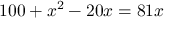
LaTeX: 1 0 0 + x ^ { 2 } - 2 0 x = 8 1 x